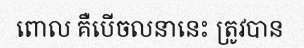
ពោល គឺបើចលនានេះ ត្រូវបាន